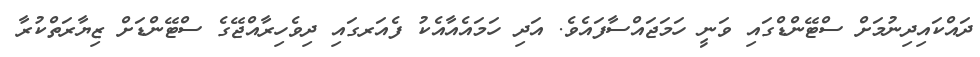
ދައްކައިދިނުމަށް ސްޓޭންޑްގައި ވަނީ ހަމަޖައްސާފައެވެ. އަދި ހަމައެއާއެކު ފެއަރގައި ދިވެހިރާއްޖޭގެ ސްޓޭންޑަށް ޒިޔާރަތްކުރާ